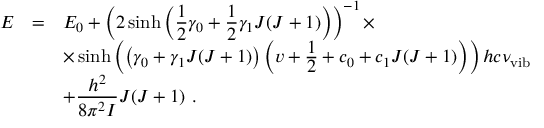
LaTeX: \begin{array} { r c l } { { E } } & { { = } } & { { E _ { 0 } + \left( \displaystyle 2 \sinh \left( { \frac { 1 } { 2 } } \gamma _ { 0 } + { \frac { 1 } { 2 } } \gamma _ { 1 } J ( J + 1 ) \right) \right) ^ { - 1 } \times } } \\ { { } } & { { } } & { { \times \sinh \left( \left( \displaystyle \gamma _ { 0 } + \gamma _ { 1 } J ( J + 1 ) \right) \left( v + { \frac { \displaystyle 1 } { \displaystyle 2 } } + c _ { 0 } + c _ { 1 } J ( J + 1 ) \right) \right) h c \nu _ { \mathrm { v i b } } } } \\ { { } } & { { } } & { { + \displaystyle \frac { h ^ { 2 } } { 8 \pi ^ { 2 } I } J ( J + 1 ) ~ . } } \end{array}